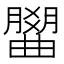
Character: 𣎭